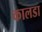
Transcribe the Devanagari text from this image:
कालडा